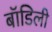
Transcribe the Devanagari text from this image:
बॉडिली